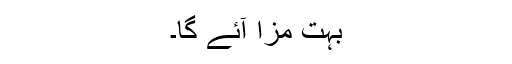
بہت مزا آئے گا۔